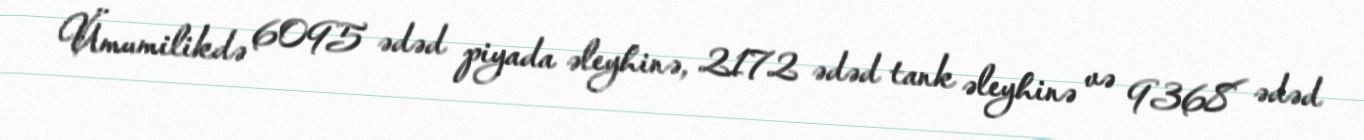
Ümumilikdə 6095 ədəd piyada əleyhinə, 2172 ədəd tank əleyhinə və 9368 ədəd